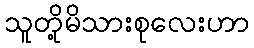
သူတို့မိသားစုလေးဟာ